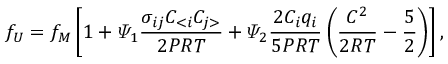
{ { f } _ { U } } = { { f } _ { M } } \left[ 1 + { { \varPsi } _ { 1 } } \frac { { { \sigma } _ { i j } } { { C } _ { < i } } { { C } _ { j > } } } { 2 P R T } + { { \varPsi } _ { 2 } } \frac { 2 { { C } _ { i } } { { q } _ { i } } } { 5 P R T } \left( \frac { { { C } ^ { 2 } } } { 2 R T } - \frac { 5 } { 2 } \right) \right] ,